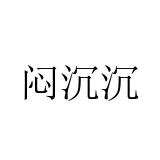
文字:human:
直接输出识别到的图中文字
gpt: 闷沉沉